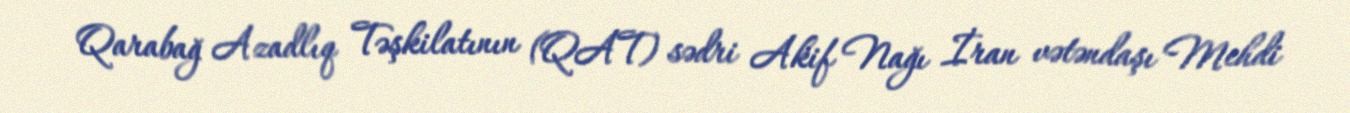
Qarabağ Azadlıq Təşkilatının (QAT) sədri Akif Nağı İran vətəndaşı Mehdi